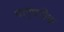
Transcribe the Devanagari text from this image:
पार्ंपरिक